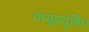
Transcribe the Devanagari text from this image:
वायुप्रदूषित